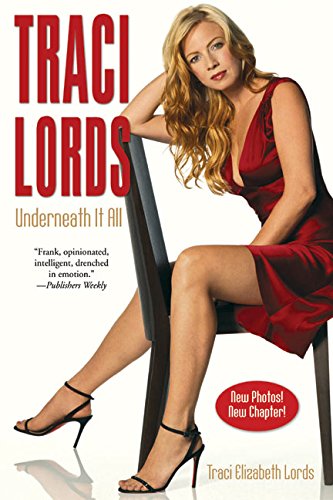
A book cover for Traci Lords: Underneath It All; Traci Lords; Politics & Social Sciences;